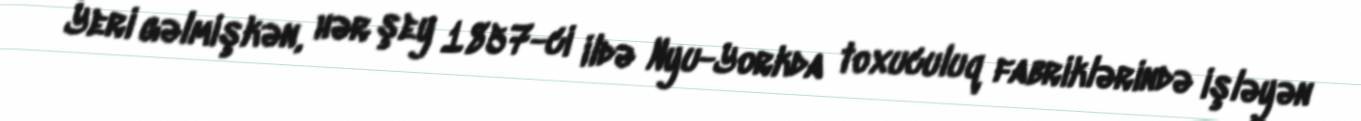
Yeri gəlmişkən, hər şey 1857-ci ildə Nyu-Yorkda toxuculuq fabriklərində işləyən